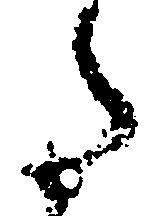
た